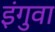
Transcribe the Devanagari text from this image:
इंगुवा